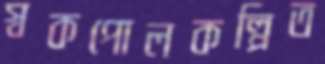
স্বকপোলকল্পিত